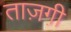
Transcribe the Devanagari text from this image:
ताज़गी़